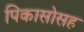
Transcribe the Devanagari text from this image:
पिकासोसह